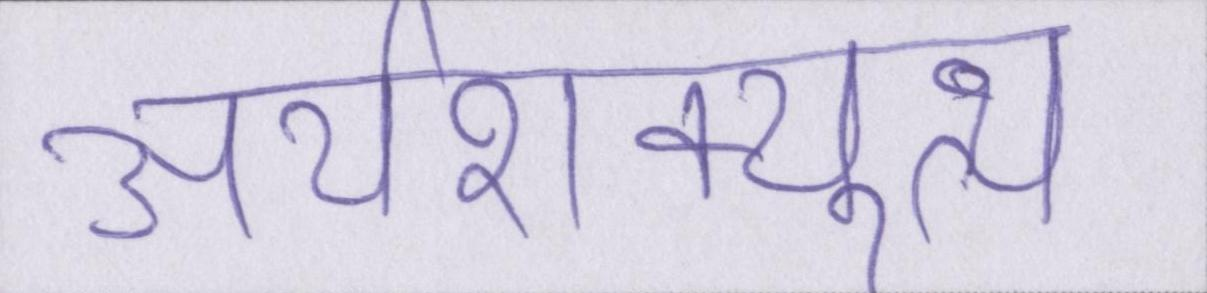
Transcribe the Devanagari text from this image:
अर्थशक्त्युत्थ